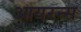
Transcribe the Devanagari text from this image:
आयरन्‍स